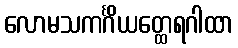
လောမသကင်္ဂိယတ္ထေရဂါထာ